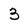
Character: 3